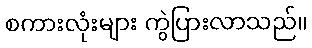
စကားလုံးများ ကွဲပြားလာသည်။